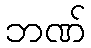
ဘဏ်